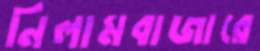
নিলামবাজারে